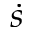
\dot { s }